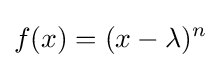
f(x)=(x-\lambda )^{n}